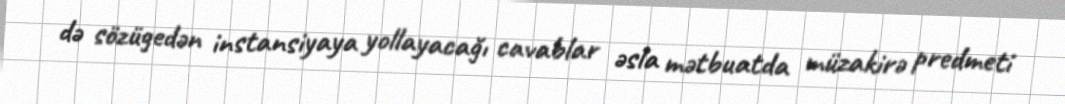
də sözügedən instansiyaya yollayacağı cavablar əsla mətbuatda müzakirə predmeti